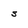
Character: S